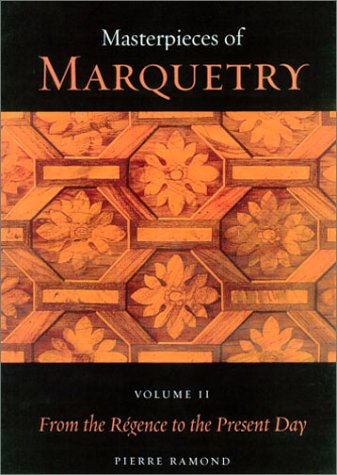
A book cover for Masterpieces of Marquetry: Volume I: From the Beginnings to Louis XIV, Volume II: From the RÃ©gence to the Present Day, Volume III: Outstanding ... Trust Publications: J. Paul Getty Museum); Pierre Ramond; Crafts, Hobbies & Home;